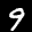
Label: 9